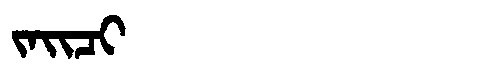
Manchu: ᠵᠠᡳᠴᡳ
Romanization: JAICI